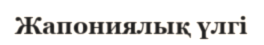
Жапониялық үлгі